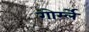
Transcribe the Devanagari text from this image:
गोर्म्ले